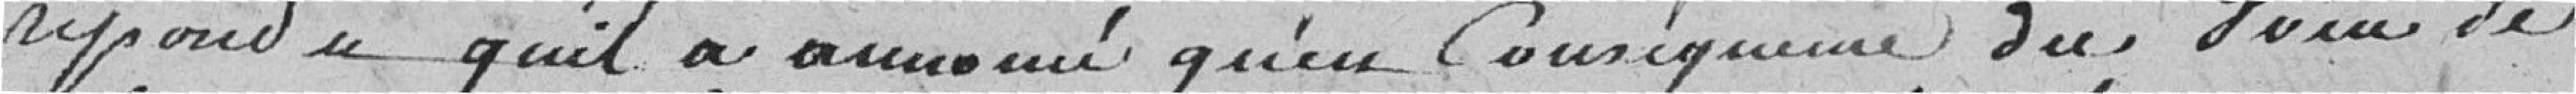
répondu qu'il a annoncé qu'en conséquence du voeu de